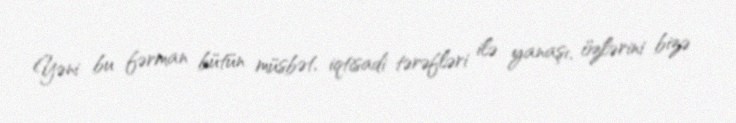
Yəni bu fərman bütün müsbət, iqtisadi tərəfləri ilə yanaşı, özlərini bizə